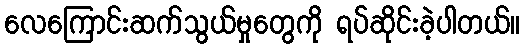
လေကြောင်းဆက်သွယ်မှုတွေကို ရပ်ဆိုင်းခဲ့ပါတယ်။